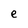
Character: e